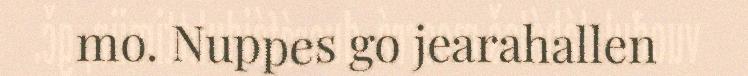
mo. Nuppes go jearahallen